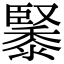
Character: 䵖